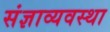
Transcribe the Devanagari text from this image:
संज्ञाव्यवस्था